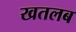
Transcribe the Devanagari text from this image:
खतलब